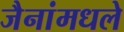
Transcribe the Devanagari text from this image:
जैनांमधले